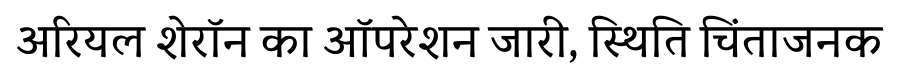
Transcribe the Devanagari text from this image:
अरियल शेरॉन का ऑपरेशन जारी, स्थिति चिंताजनक